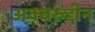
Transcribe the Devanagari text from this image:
अक्बरुद्दीन